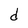
Character: d